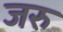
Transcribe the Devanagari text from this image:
जरु